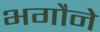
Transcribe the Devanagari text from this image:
भगौने